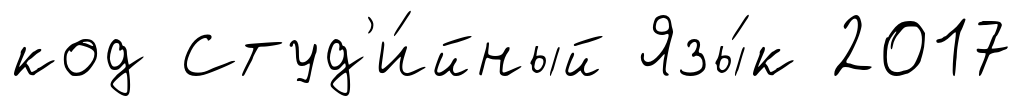
код Студ'и́йный Язы́к 2017